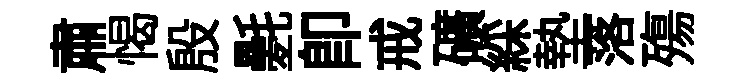
肅愒殷氎卽戒礦綵墊落殤